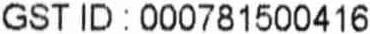
GST ID : 000781500416